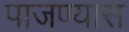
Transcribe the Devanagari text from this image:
पाजण्यास